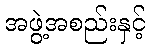
အဖွဲ့အစည်းနှင့်